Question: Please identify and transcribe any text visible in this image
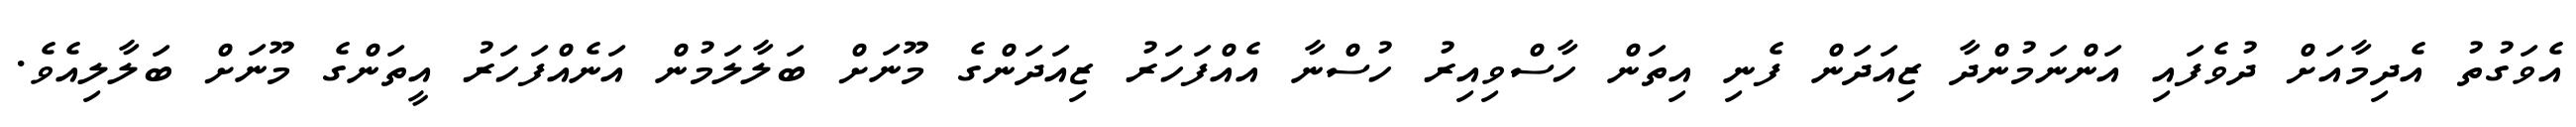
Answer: އެވަގުތު އެދިމާއަށް ދުވެފައި އަންނަމުންދާ ޒިއަދަން ފެނި އިތަން ހާސްވިއިރު ހުސްނާ އެއްފަހަރު ޒިއަދަންގެ މޫނަށް ބަލާލަމުން އަނެއްފަހަރު އީތަންގެ މޫނަށް ބަލާލިއެވެ.